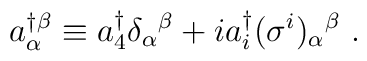
a^\dagger_{\alpha}\!^{\beta} \equiv a_4^\dagger\delta_{\alpha}{}^{\beta} + i a_i^\dagger(\sigma^i)_{\alpha}{}^{\beta}\ .